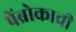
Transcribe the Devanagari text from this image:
पेंब्रोकाची